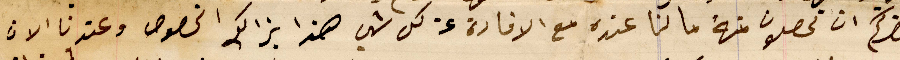
حضرتكم ان تحصلون منهُ ما لنا عنده مع الافادة عن كل شي هذا بذالك الخصوص وعندنا الان